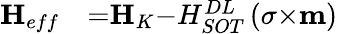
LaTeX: \begin{array}{ll}{{\mathbf{{H}}}_{{eff}}}&{{=}{\mathbf{{H}}}_{{K}}{-}H_{SOT}^{DL}\left(\mathbf{{\sigma}}{\times}{\mathbf{m}}\right)}\end{array}